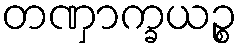
တဏှာက္ခယဉ္စ